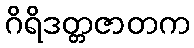
ဂိရိဒတ္တဇာတက